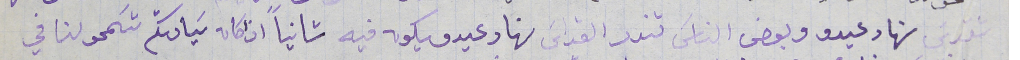
تقدسَ نهار عيدو وبعض الناسَ تندر القداسَ نهار عيدو يكون فيه ثانيا اذ كان سَيادتكم تسَمحو لنا في